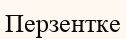
Перзентке